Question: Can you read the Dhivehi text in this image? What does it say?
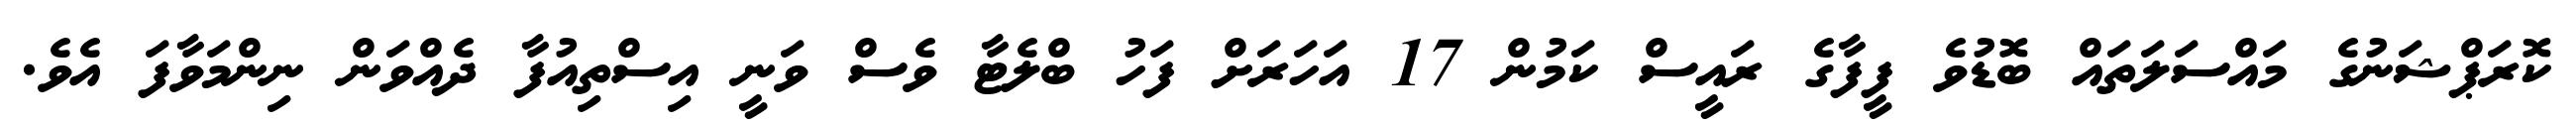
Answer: ކޮރަޕްޝަނުގެ މައްސަލަތައް ބޮޑުވެ ފީފާގެ ރައީސް ކަމުން 17 އަހަރަށް ފަހު ބްލެޓާ ވެސް ވަނީ އިސްތިއުފާ ދެއްވަން ނިންމަވާފަ އެވެ.